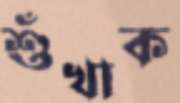
শুঁখাক